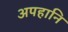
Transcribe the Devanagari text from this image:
अपहानि